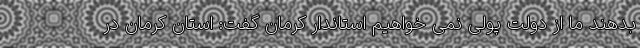
بدهند ما از دولت پولی نمی خواهیم استاندار کرمان گفت: استان کرمان در